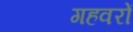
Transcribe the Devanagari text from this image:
गहवरों